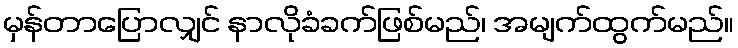
မှန်တာပြောလျှင် နာလိုခံခက်ဖြစ်မည်၊ အမျက်ထွက်မည်။